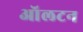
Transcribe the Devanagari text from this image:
ऑलटन